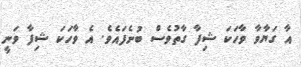
އާ ގަޔާވާ ވާހަކަ ޝިފާ ގާތުވެސް ބުނެފައެވެ. އެ ވާހަކަ ޝިފާ ވަނީ